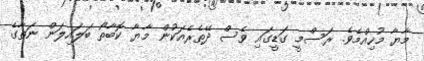
މާޔާ މުހިއްމެވެ. ރަސްމީ ގަޑީގައި ވެސް ދޭތެރެއަކުން މާޔާ ކޮބާތޯ ބަލައިލަން ނަތާގެ